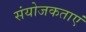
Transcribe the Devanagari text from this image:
संयोजकताएं